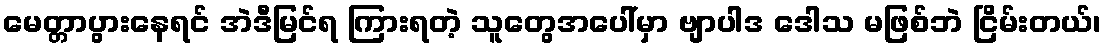
မေတ္တာပွားနေရင် အဲဒီမြင်ရ ကြားရတဲ့ သူတွေအပေါ်မှာ ဗျာပါဒ ဒေါသ မဖြစ်ဘဲ ငြိမ်းတယ်၊